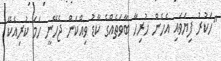
"ހަކުރު ފިޔަވައި އެހެން ހުރިހާ ބާވަތެއްގެ ކާޑު ވިއްކަން ޖެހޭނީ ހަމަ ކުރިއެކޭ